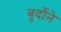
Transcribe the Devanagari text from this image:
बुर्दोने